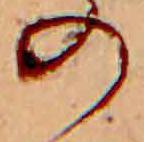
の